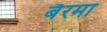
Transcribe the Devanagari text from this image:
बैरमा